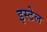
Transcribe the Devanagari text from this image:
इस्टेल